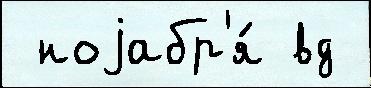
 ноjабр'я́ вд